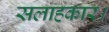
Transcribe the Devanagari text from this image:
सलाहकार।